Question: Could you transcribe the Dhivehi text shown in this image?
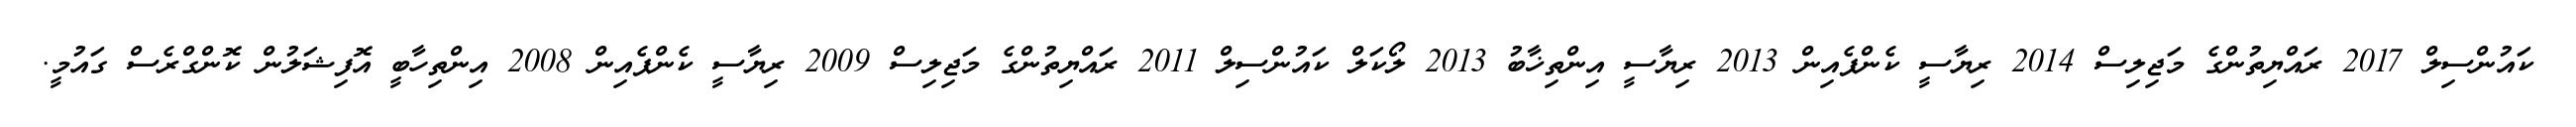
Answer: ކައުންސިލް 2017 ރައްޔިތުންގެ މަޖިލިސް 2014 ރިޔާސީ ކެންޕެއިން 2013 ރިޔާސީ އިންތިޚާބު 2013 ލޯކަލް ކައުންސިލް 2011 ރައްޔިތުންގެ މަޖިލިސް 2009 ރިޔާސީ ކެންޕެއިން 2008 އިންތިހާބީ އޮފިޝަލުން ކޮންގްރެސް ގައުމީ.